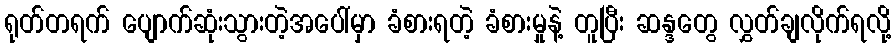
ရုတ်တရက် ပျောက်ဆုံးသွားတဲ့အပေါ်မှာ ခံစားရတဲ့ ခံစားမှုနဲ့ တူပြီး ဆန္ဒတွေ လွှတ်ချလိုက်ရလို့